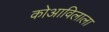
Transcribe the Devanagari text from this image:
कोआविलाला